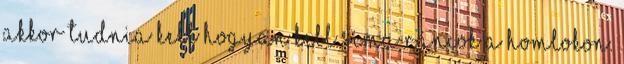
akkor tudnia kell hogyan kell sima ráncok a homlokon.